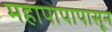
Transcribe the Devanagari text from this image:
महापापापासून